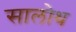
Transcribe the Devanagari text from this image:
सालोथ